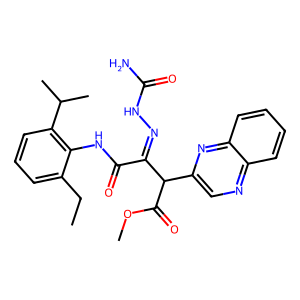
SMILES: CCc1cccc(C(C)C)c1NC(=O)C(=NNC(N)=O)C(C(=O)OC)c1cnc2ccccc2n1
Inhibits HIV replication: No